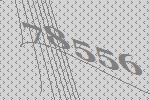
78556